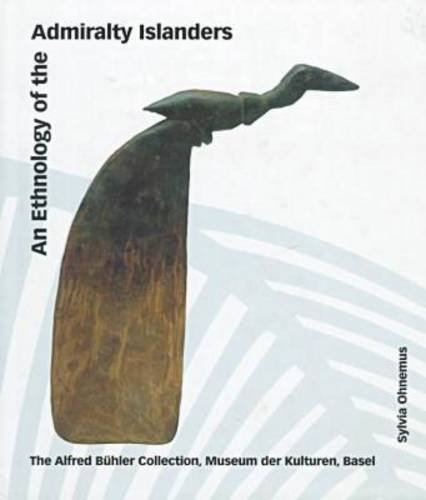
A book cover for An Ethnology of the Admiralty Islanders; Sylvia Ohnemus; History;